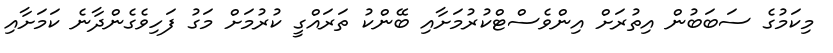
މިކަމުގެ ސަބަބުން އިތުރަށް އިންވެސްޓްކުރުމަށާއި ބޭންކު ތަރައްގީ ކުރުމަށް މަގު ފަހިވެގެންދާނެ ކަމަށާއި